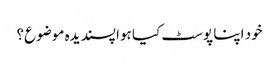
خود اپنا پوسٹ کیا ہوا پسندیدہ موضوع؟